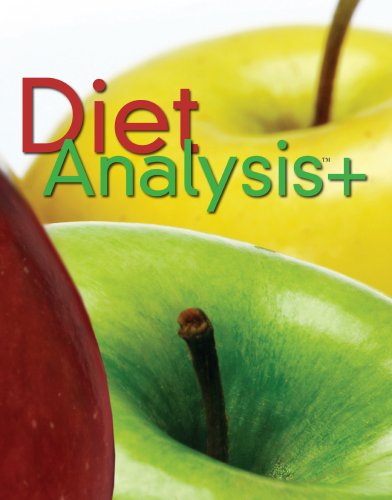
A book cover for Diet Analysis Plus, 2 terms (12 months) Printed Access Card; Wadsworth; Medical Books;